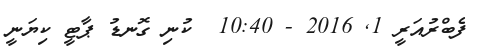
ފެބްރުއަރީ 1